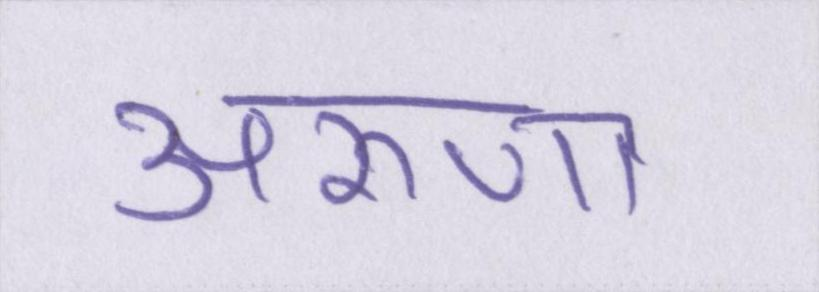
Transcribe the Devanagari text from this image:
अरूणा